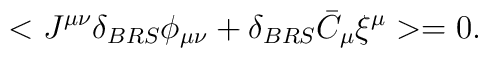
< J^{\mu \nu}\delta_{BRS}\phi_{\mu \nu}+\delta_{BRS}\bar C_\mu \xi^\mu> =0.